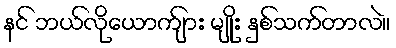
နင် ဘယ်လိုယောက်ျား မျိုး နှစ်သက်တာလဲ။